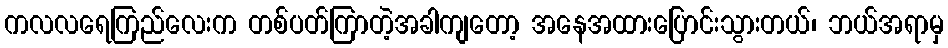
ကလလရေကြည်လေးက တစ်ပတ်ကြာတဲ့အခါကျတော့ အနေအထားပြောင်းသွားတယ်၊ ဘယ်အရာမှ